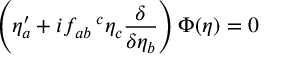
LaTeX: \left( \eta _ { a } ^ { \prime } + i f _ { a b } \! \! { \phantom { \eta } } ^ { c } \eta _ { c } \frac { \delta } { \delta \eta _ { b } } \right) \Phi ( \eta ) = 0